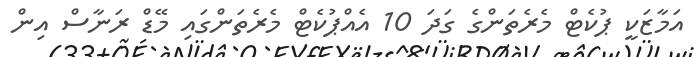
އަމާޒަކީ ޕުކެޓް މެރެތަންގެ ގަދަ 10 އެއްޕުކެޓް މެރެތަންގައި މޭޑް ރަނާސް އިން